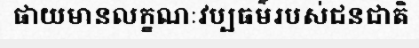
ផាយមានលក្ខណៈវប្បធម៌របស់ជនជាតិ